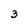
Character: 3